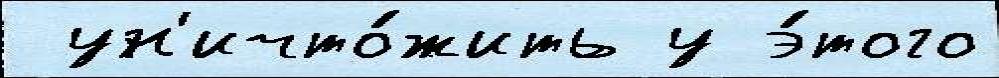
 ун'ичто́жить у э́того